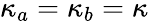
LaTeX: \kappa_{a}=\kappa_{b}=\kappa